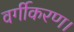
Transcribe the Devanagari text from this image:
वर्गीकरण।